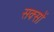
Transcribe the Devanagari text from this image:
सक्सों